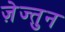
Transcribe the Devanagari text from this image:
ज़ेज्तुन